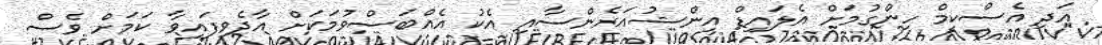
އަދި އެސްކީމް ހިންގުމަށް އެލައިޑް އިންޝުއަރެންސާއި އެކު އެއްބަސްވުމަކަށް އާދެވިފައިވާ ކަމަށް ވެސް